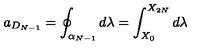
a _ { D _ { N - 1 } } = \oint _ { \alpha _ { N - 1 } } d \lambda = \int _ { X _ { 0 } } ^ { X _ { 2 N } } d \lambda